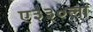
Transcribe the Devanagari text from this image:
ए३३०ला